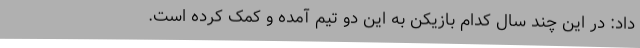
داد: در این چند سال کدام بازیکن به این دو تیم آمده و کمک کرده است.